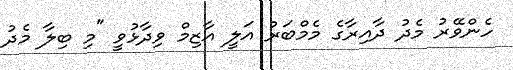
ހެންވޭރު މެދު ދާއިރާގެ މެމްބަރު އަލީ އާޒިމް ވިދާޅުވީ "މި ބިލާ މެދު